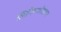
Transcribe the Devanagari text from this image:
लिन्लिथ्गोशायर